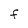
Character: F